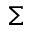
\Sigma